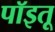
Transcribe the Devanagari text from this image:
पॉइतू